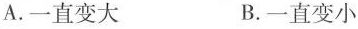
A.一直变大 B.一直变小